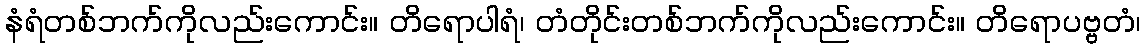
နံရံတစ်ဘက်ကိုလည်းကောင်း။ တိရောပါရံ၊ တံတိုင်းတစ်ဘက်ကိုလည်းကောင်း။ တိရောပဗ္ဗတံ၊